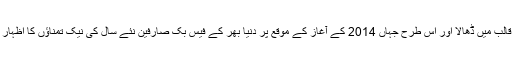
فیس بک کی ٹرانسلیشن ٹیم نے ہزاروں الفاظ کا درست اردو ترجمہ کرتے ہوئے فیس بک کو اردو کے قالب میں ڈھالا اور اس طرح جہاں 2014 کے آغاز کے موقع پر دنیا بھر کے فیس بک صارفین نئے سال کی نیک تمناؤں کا اظہار کررہے تھے تو اردو والوں کے لئے فیس بک میں انکی اپنی مادری زبان نئے سال کا تحفہ ثابت ہوئی۔